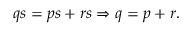
q s = p s + r s \Rightarrow q = p + r .